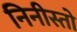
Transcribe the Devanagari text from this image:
निनीस्तो